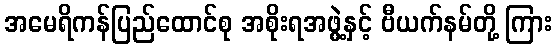
အမေရိကန်ပြည်ထောင်စု အစိုးရအဖွဲ့နှင့် ဗီယက်နမ်တို့ ကြား